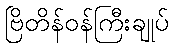
ဗြိတိန်ဝန်ကြီးချုပ်